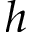
h